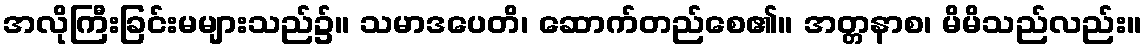
အလိုကြီးခြင်းမများသည်၌။ သမာဒပေတိ၊ ဆောက်တည်စေ၏။ အတ္တနာစ၊ မိမိသည်လည်း။